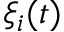
\xi _ { i } ( t )